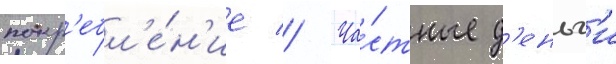
потр'ебл'е́н'ие // Ча́стные д'еньг'и